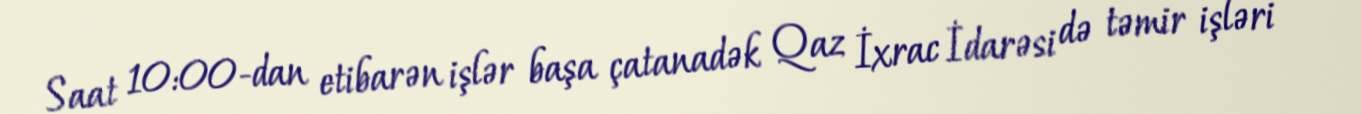
Saat 10:00-dan etibarən işlər başa çatanadək Qaz İxrac İdarəsi də təmir işləri